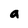
Character: a